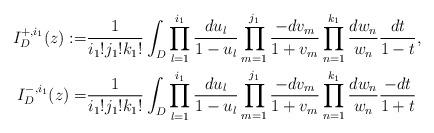
LaTeX: \begin{align*}I_D^{+,i_1}(z):=&\frac{1}{i_1!j_1!k_1!}\int_D\prod_{l=1}^{i_1}\frac{du_l}{1-u_l}\prod_{m=1}^{j_1}\frac{-dv_m}{1+v_m}\prod_{n=1}^{k_1}\frac{dw_n}{w_n}\frac{dt}{1-t},\\I_D^{-,i_1}(z)=&\frac{1}{i_1!j_1!k_1!}\int_D\prod_{l=1}^{i_1}\frac{du_l}{1-u_l}\prod_{m=1}^{j_1}\frac{-dv_m}{1+v_m}\prod_{n=1}^{k_1}\frac{dw_n}{w_n}\frac{-dt}{1+t}\end{align*}